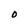
Character: O